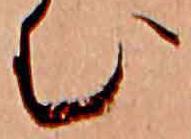
む